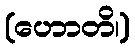
(ဟောတိ၊)